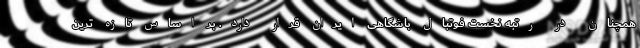
همچنان در رتبه نخست فوتبال باشگاهی ایران قرار دارد. بر اساس تازه ترین